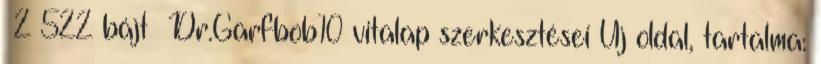
‎ 2 522 bájt ‎Dr.Garfbob10 vitalap szerkesztései Új oldal, tartalma: